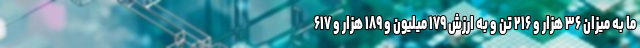
ما به میزان ۳۶ هزار و ۲۱۶ تن و به ارزش ۱۷۹ میلیون و ۱۸۹ هزار و ۶۱۷